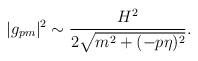
LaTeX: \begin{align*}|g_{pm}|^2 \sim \frac{H^2}{2\sqrt{m^2 + (-p\eta)^2}} .\end{align*}